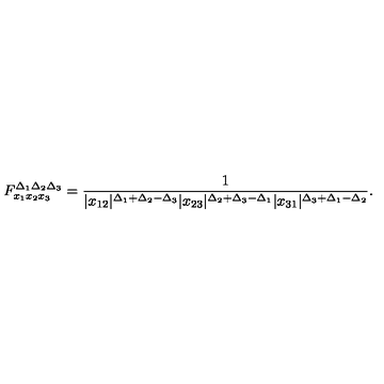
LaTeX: F _ { x _ { 1 } x _ { 2 } x _ { 3 } } ^ { \Delta _ { 1 } \Delta _ { 2 } \Delta _ { 3 } } = \frac { 1 } { | x _ { 1 2 } | ^ { \Delta _ { 1 } + \Delta _ { 2 } - \Delta _ { 3 } } | x _ { 2 3 } | ^ { \Delta _ { 2 } + \Delta _ { 3 } - \Delta _ { 1 } } | x _ { 3 1 } | ^ { \Delta _ { 3 } + \Delta _ { 1 } - \Delta _ { 2 } } } .